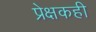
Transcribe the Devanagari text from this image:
प्रेक्षकही